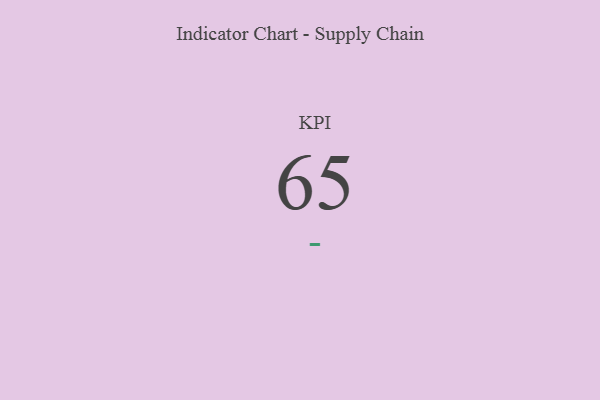
{"axis": {"x": "KPI", "y": "Value"}, "legend": [""], "data": [{"x": "KPI", "y": 65, "type": ""}]}